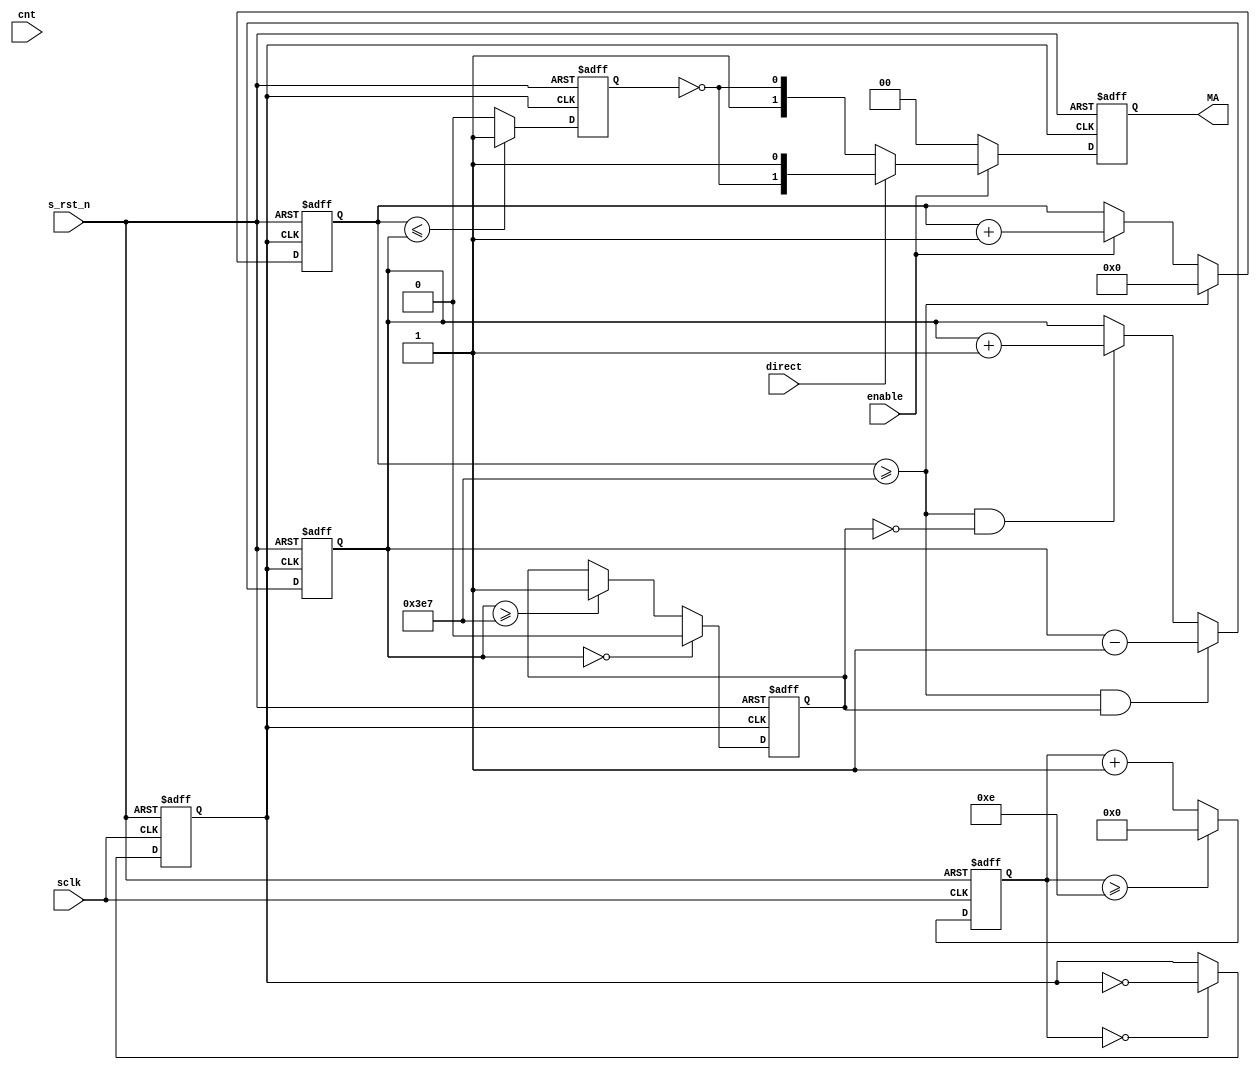
module  pwm(
        // system signals 
        input                   sclk                    ,
        input                   s_rst_n                 ,
        // input signals
        input                   enable                  ,       //
        input                   direct                  ,       //
        input           [ 2:0]  cnt                     ,
        //output signals
        //output                  flag                    ,
        output          [ 1:0]  MA                              //
);

//============================================================\
// ========= Define Parameter and Internal Signals ==========
//============================================================/ 
parameter       CLK_DIV_CYCLE   =       'd14            ;
parameter       LED_PERIOD      =       'd999           ;

reg     [ 1:0]                  MA_r                    ;
reg     [ 5:0]                  cnt_clk                 ;
reg                             div100_clk              ;
reg     [15:0]                  cnt_2ms                 ;
reg     [ 9:0]                  cnt_n                   ;
reg                             flag_1s                 ;
reg                             pulseout                ;
//reg                             flag_2s                 ;       // 
//===========================================================================
// **************     Main     Code    **************
//===========================================================================
assign  MA      =       MA_r;
//assign  flag    =       flag_2s;

always  @(posedge div100_clk or negedge s_rst_n ) begin  
        if (!s_rst_n)
                MA_r    <=      2'b00;
        else if (!enable)
                MA_r    <=      2'b00;
        else if(direct)      
                MA_r    <=      {~pulseout,1'b1};
        else
                MA_r    <=      {1'b1,~pulseout};
end

/* always  @(posedge div100_clk or negedge s_rst_n ) begin
        if(!s_rst_n)
                flag_2s <=      1'b0;
        else if(flag_1s == 1'b1 && cnt_n == 1'b0)
                flag_2s <=      1'b1;
        else
                flag_2s <=      1'b0;
end */

/* Div_Clk */
always  @(posedge sclk or negedge s_rst_n) begin
        if(!s_rst_n)
                cnt_clk     <=      6'b0000_00;
        else if(cnt_clk >= CLK_DIV_CYCLE)
                cnt_clk     <=      6'b0000_00;
        else
                cnt_clk     <=      cnt_clk + 1'b1;
end

always  @(posedge sclk or negedge s_rst_n) begin
        if(!s_rst_n)
                div100_clk      <=      1'b0;
        else if(cnt_clk == 0)
                div100_clk      <=       ~div100_clk;
end

/* Counter_2ms */
always  @(posedge div100_clk or negedge s_rst_n) begin
        if(!s_rst_n)
                cnt_2ms <=      'd0;
        else if(cnt_2ms >= LED_PERIOD/*  || !enable */)
                cnt_2ms <=      'd0;
        else if(enable)
                cnt_2ms <=      cnt_2ms + 1'b1;
end

/* Connecter */
always  @(posedge div100_clk or negedge s_rst_n) begin
        if(!s_rst_n)
                cnt_n   <=      'd0;
/*         else if(!enable)
                cnt_n   <=      'd0; */
        else begin
                if(cnt_2ms >= LED_PERIOD && flag_1s == 1'b0)
                        cnt_n   <=      cnt_n + 1'b1;
                if(cnt_2ms >= LED_PERIOD && flag_1s == 1'b1)
                        cnt_n   <=      cnt_n - 1'b1;
        end
end

/* flag_1s to Change Director of Slide */
always  @(posedge div100_clk or negedge s_rst_n) begin
        if(!s_rst_n)
                flag_1s    <=      1'b0;
        else if(cnt_n == 0)
                flag_1s    <=      1'b0;
        else if(cnt_n >= LED_PERIOD)
                flag_1s    <=      1'b1;
end

/* Signal of Pulse */
always  @(posedge div100_clk or negedge s_rst_n) begin
        if(!s_rst_n)
                pulseout     <=      1'b0;
        else if(cnt_2ms <= cnt_n)
                pulseout     <=      1'b1;
        else
                pulseout     <=      1'b0;
end  
             
endmodule